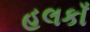
હલકાઁ